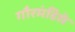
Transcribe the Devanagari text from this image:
गौरमंडिसे